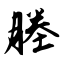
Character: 塍